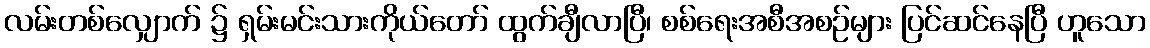
လမ်းတစ်လျှောက် ၌ ရှမ်းမင်းသားကိုယ်တော် ထွက်ချီလာပြီ၊ စစ်ရေးအစီအစဉ်များ ပြင်ဆင်နေပြီ ဟူသော